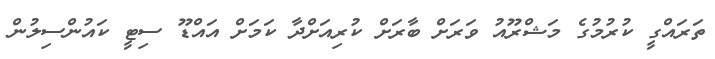
ތަރައްގީ ކުރުމުގެ މަޝްރޫއު ވަރަށް ބާރަށް ކުރިއަށްދާ ކަމަށް އައްޑޫ ސިޓީ ކައުންސިލުން